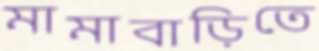
মামাবাড়িতে